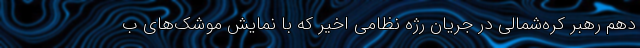
دهم رهبر کره‌شمالی در جریان رژه نظامی اخیر که با نمایش موشک‌های ب